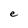
Character: e